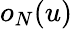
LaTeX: o_{N}(u)